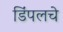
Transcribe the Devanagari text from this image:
डिंपलचे